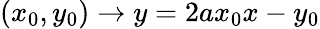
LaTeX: (x_{0},y_{0})\to y=2ax_{0}x-y_{0}